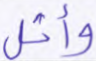
وأثل